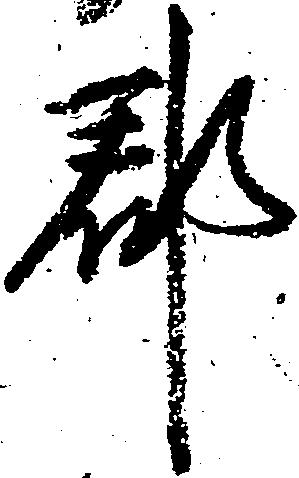
郡